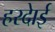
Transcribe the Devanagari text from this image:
हरदाेई